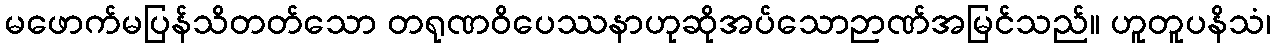
မဖောက်မပြန်သိတတ်သော တရုဏဝိပေဿနာဟုဆိုအပ်သောဉာဏ်အမြင်သည်။ ဟူတူပနိသံ၊